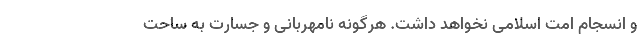
و انسجام امت اسلامی نخواهد داشت. هرگونه نامهربانی و جسارت به ساحتِ